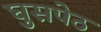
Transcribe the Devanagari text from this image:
घुसपेठ